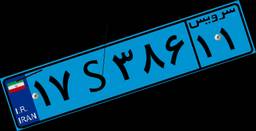
۴۰S۸۶۵۰۱